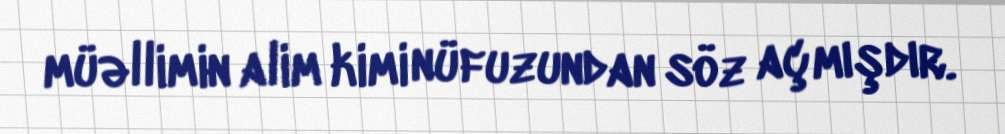
müəllimin alim kimi nüfuzundan söz açmışdır.